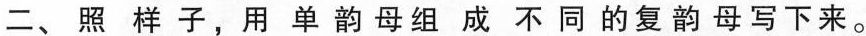
二、照样子，用单韵母组成不同的复韵母写下来。